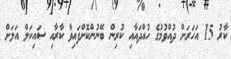
ކާރު 15 އަހަރަށް ދުއްވުމުގެ ހުއްދައާއި ކުރިން ބޭނުންކޮށްފައިވާ ކާރާއި ސައިކަލް އަލަށް